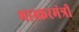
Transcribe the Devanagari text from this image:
भास्करमंत्री